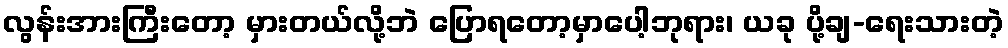
လွန်းအားကြီးတော့ မှားတယ်လို့ဘဲ ပြောရတော့မှာပေါ့ဘုရား၊ ယခု ပို့ချ-ရေးသားတဲ့